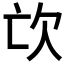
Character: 𣢅